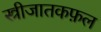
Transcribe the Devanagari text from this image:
स्त्रीजातकफ़ल